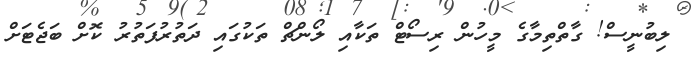
ލިބުނީސް! ގާތްތިމާގެ މީހުން ރިސޯޓް ތަކާއި ލޯންޗް ތަކުގައި ދަތުރުފަތުރު ކޮށް ބަޖެޓަށް